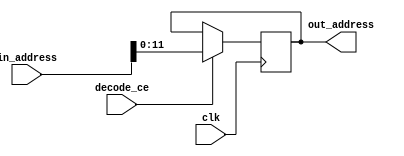
module decode(in_address, decode_ce, clk, out_address);
    
    input [15:0] in_address;
    input decode_ce, clk;
    output reg [11:0] out_address;
    
    always @(posedge clk)
        if (decode_ce)
            out_address <= in_address[11:0];
    
endmodule